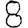
Digit: 8